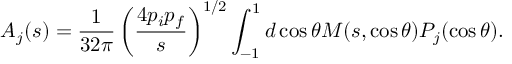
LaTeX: { \cal A } _ { j } ( s ) = \frac { 1 } { 3 2 \pi } \left( \frac { 4 p _ { i } p _ { f } } { s } \right) ^ { 1 / 2 } \int _ { - 1 } ^ { 1 } d \cos \theta { \cal M } ( s , \cos \theta ) P _ { j } ( \cos \theta ) .